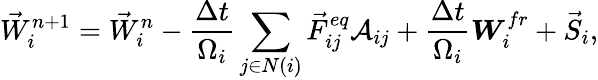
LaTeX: {\vec{W}}_{i}^{n+1}={\vec{W}}_{i}^{n}-\frac{\Delta t}{\Omega_{i}}\sum_{j\in N(i)}{{\vec{F}}_{ij}^{eq}{\cal A}_{ij}}+\frac{\Delta t}{\Omega_{i}}\boldsymbol{W}_{i}^{fr}+{\vec{S}}_{i},